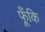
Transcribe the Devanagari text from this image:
फूँकि